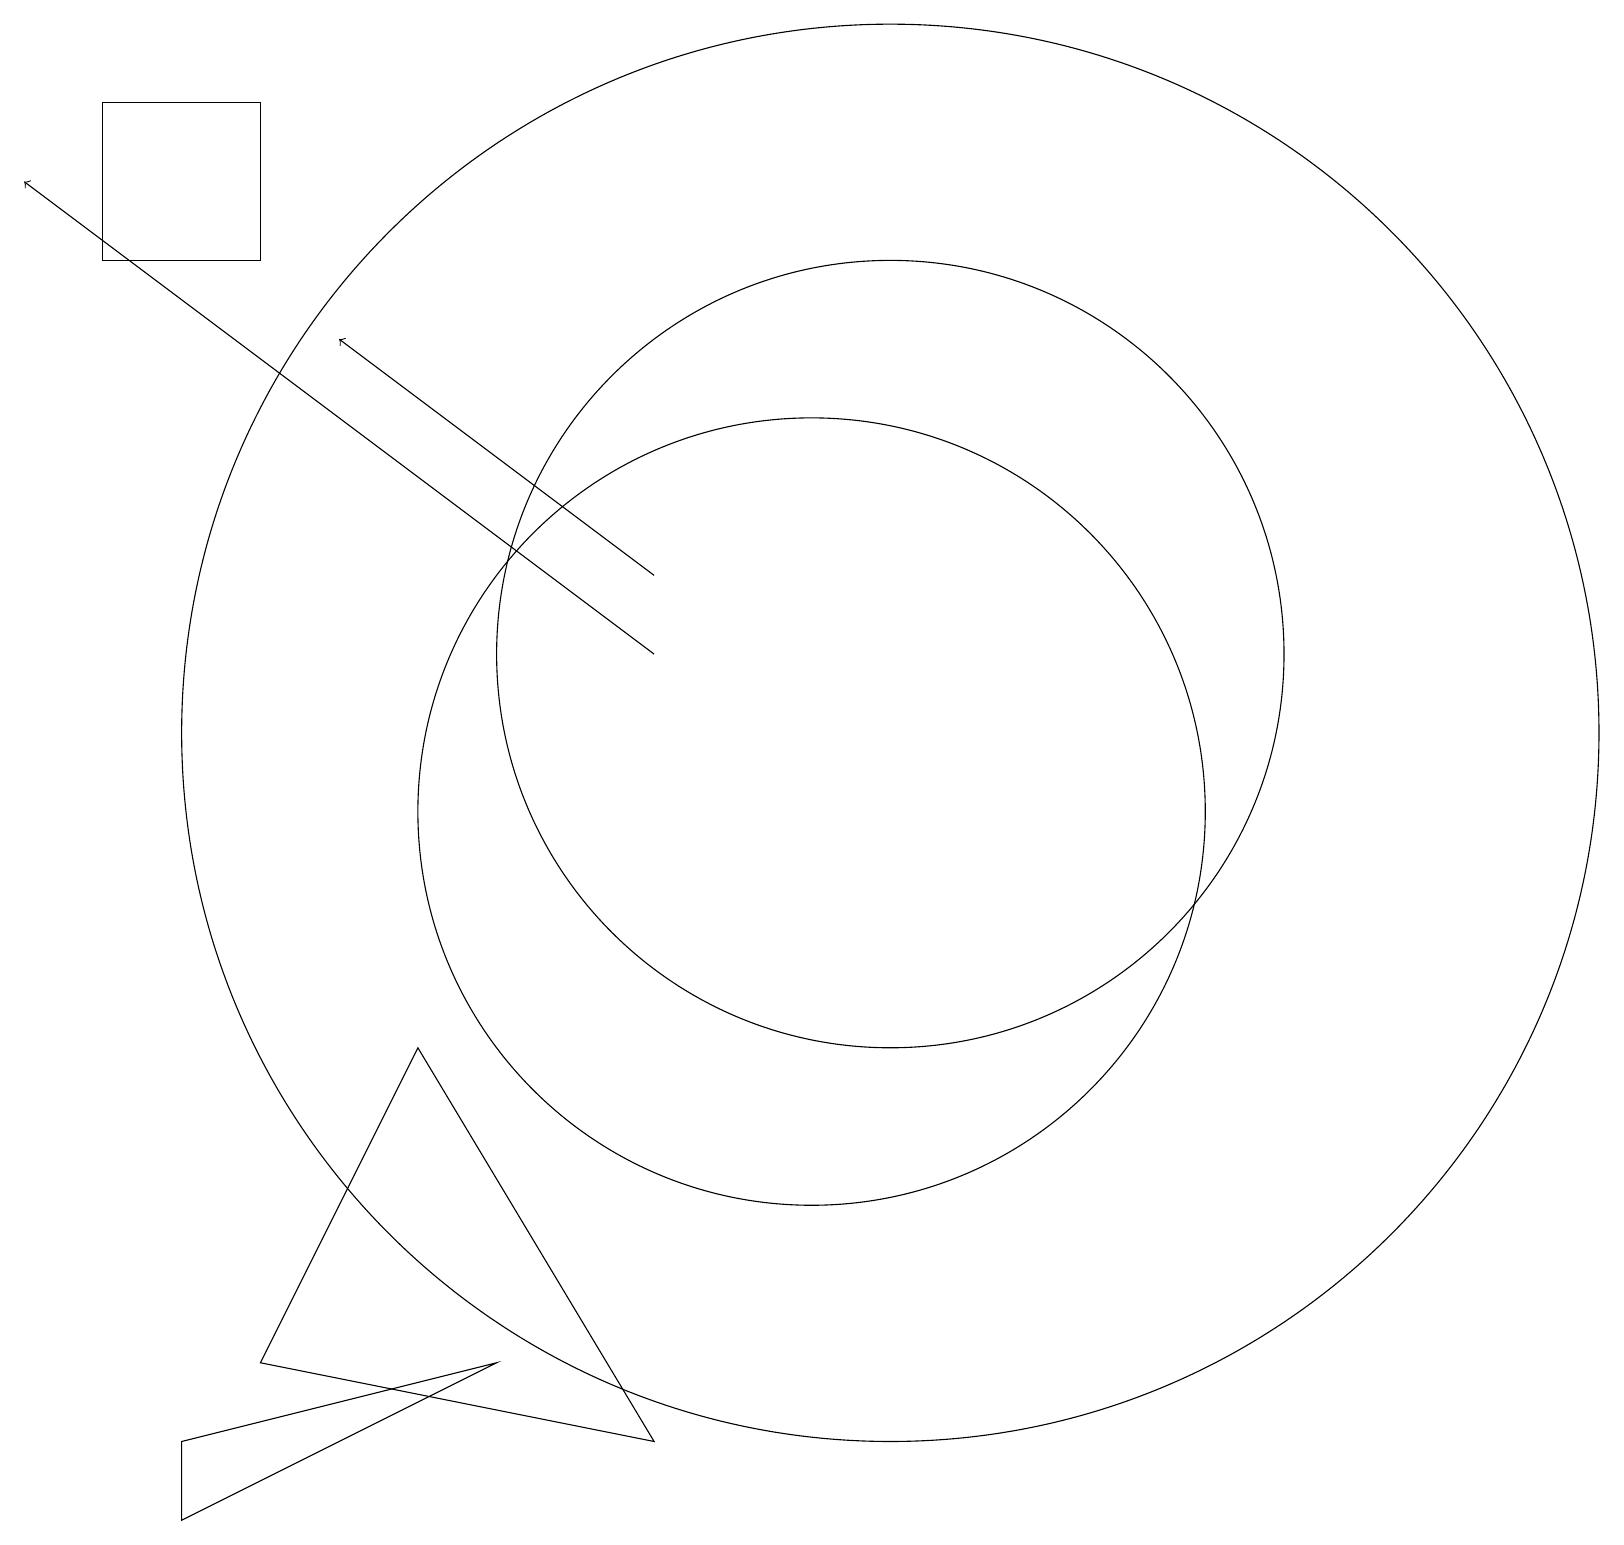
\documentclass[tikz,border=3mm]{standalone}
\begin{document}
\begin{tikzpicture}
\draw (2,1) -- (6,3) -- (2,2) -- cycle;
\draw (11,12) circle (5);
\draw[->] (8,12) -- (0,18);
\draw (10,10) circle (5);
\draw (5,7) -- (8,2) -- (3,3) -- cycle;
\draw[->] (8,13) -- (4,16);
\draw (3,17) rectangle (1,19);
\draw (11,11) circle (9);
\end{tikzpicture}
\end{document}